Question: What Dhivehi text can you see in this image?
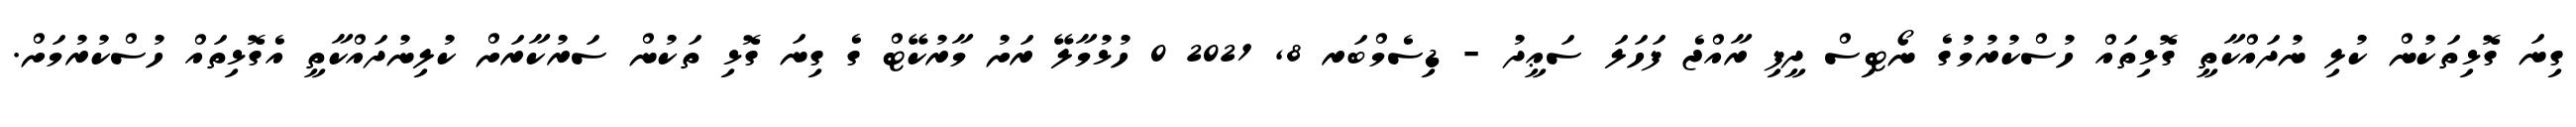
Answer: ގިނަ ގޮޅިތަކުން ކުލި ނުދައްކާތީ ގޮޅިތައް ހުސްކުރުމުގެ ނޯޓިސް ދީފި ރާއްޖެ ފަހަލަ ސަޢީދު - ޑިސެމްބަރ 8, 2021 0 ހުޅުމާލޭ ރަށު މާރުކޭޓް ގެ ގިނަ ގޮޅި ތަކުން ސަރުކާރަށް ކުލިނުދައްކާތީ އެގޮޅިތައް ހުސްކުރުމަށް.